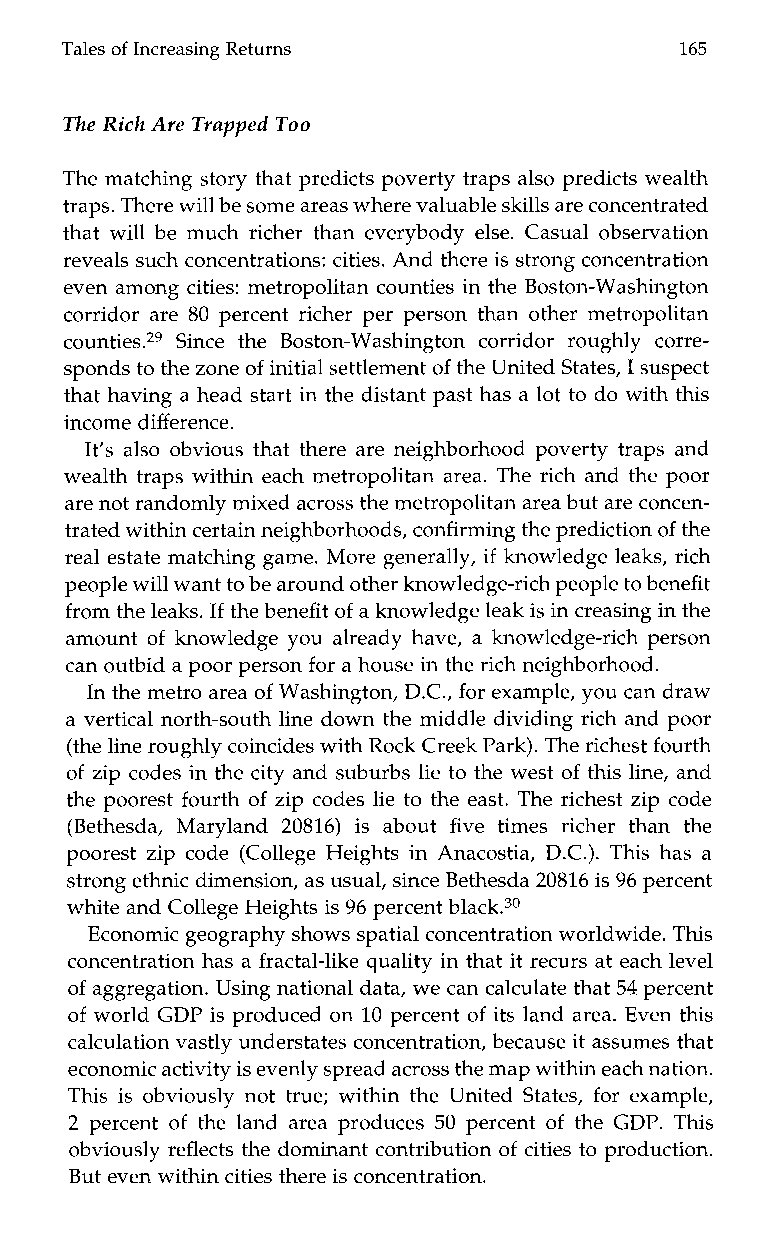
RetTuarnless of Increasing                 165
 The Rich Are Trapped Too
 The matching story that predicts poverty traps also predicts wealth
 traps. There will be some areas where valuabslkei lls are concentrated
 that will be much richer than everybody else. Casual observation
 reveals such concentrations: cities. And there is strong concentration
 even among cities: metropolitan counties in the Boston-Washington
 corridor are 80 percent richer per person than other metropolitan
 countie~.~S9in ce the Boston-Washington corridorr oughly corre-
 sponds to the zoneo f initial settlemento f the United States, I suspect
 that having a head start in the distant past has a lot to do with this
 income difference.
 It’s also obvious that there are neighborhood poverty traps and
 wealth traps within each metropolitan area. The rich and the poor
 are not randomlym ixed across the metropolitan areab ut arec oncen-
 trated within certain neighborhoodcso, nfirming the prediction of the
 real estate matching game. More generally, if knowledge leaks, rich
 people will want to bea round other knowledge-rich people btoe nefit
 from thel eaks. If the benefit of a knowledge leak is in creasing in the
 amount of knowledge you already have, a knowledge-rich person
 can outbid a poor personfo r a house in ther ich neighborhood.
 In the metro area of Washington, D.C., for example, you can draw
 a vertical north-south line down the middle dividing rich and poor
 (the line roughly coincides with Rock Creek Park). The richest fourth
 of zip codes in the city and suburbs lie to the west of this line, and
 the poorest fourth of zip codes lie to the east. The richest zip code
 (Bethesda, Maryland 20816)i s about five times richer thant he
 poorest zip code (College Heights in Anacostia, D.C.). This has a
 strong ethnic dimension, as usuals, ince Bethesda 20816 is 96 percent
 white and College Heights is 96 percent black.30
 Economic geography shows spatial concentration worldwidTe.h is
 concentration has a fractal-like quality in that it recurs at each level
 of aggregation. Using national data, we can calculate that 54 percent
 of world GDP is produced on 10 percent of its land area. Even this
 calculation vastly understates concentration, because it assumes that
 economic activity is evenly spreada cross the map withiena ch nation.
 This is obviously not true; within the United States, for example,
 2 percent of the land area produces 50 percent of the GDP. This
 obviously reflects the dominant contribution of cities to production.
 But even within cities there is concentration.